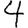
Digit: 4